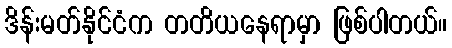
ဒိန်းမတ်နိုင်ငံက တတိယနေရာမှာ ဖြစ်ပါတယ်။